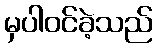
မှပါဝင်ခဲ့သည်